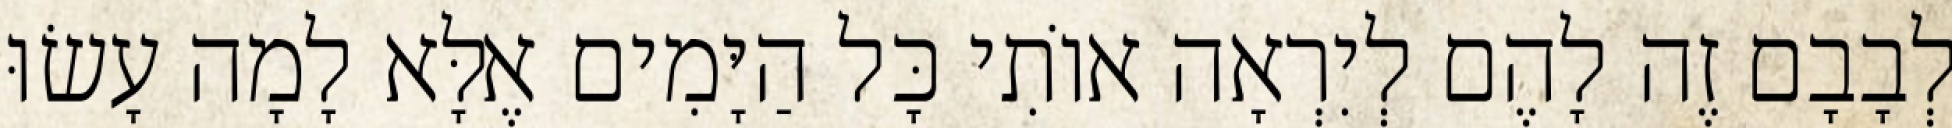
לְבָבָם זֶה לָהֶם לְיִרְאָה אוֹתִי כָּל הַיָּמִים אֶלָּא לָמָה עָשׂוּ